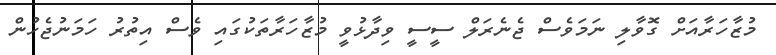
މުޒާހަރާއަށް ގޮވާލި ނަމަވެސް ޖެނެރަލް ސީސީ ވިދާޅުވީ މުޒާހަރާތަކުގައި ވެސް އިތުރު ހަމަނުޖެހުން